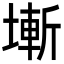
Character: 𡐛